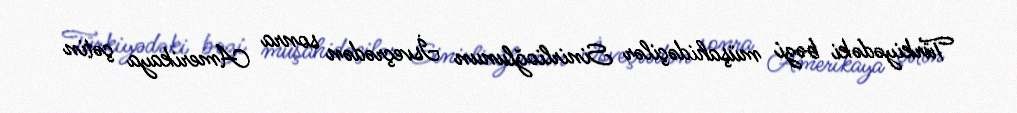
Türkiyədəki bəzi müşahidəçilər Sinirlioğlunun İsveçrədən sonra Amerikaya çətin